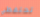
تحتفظي